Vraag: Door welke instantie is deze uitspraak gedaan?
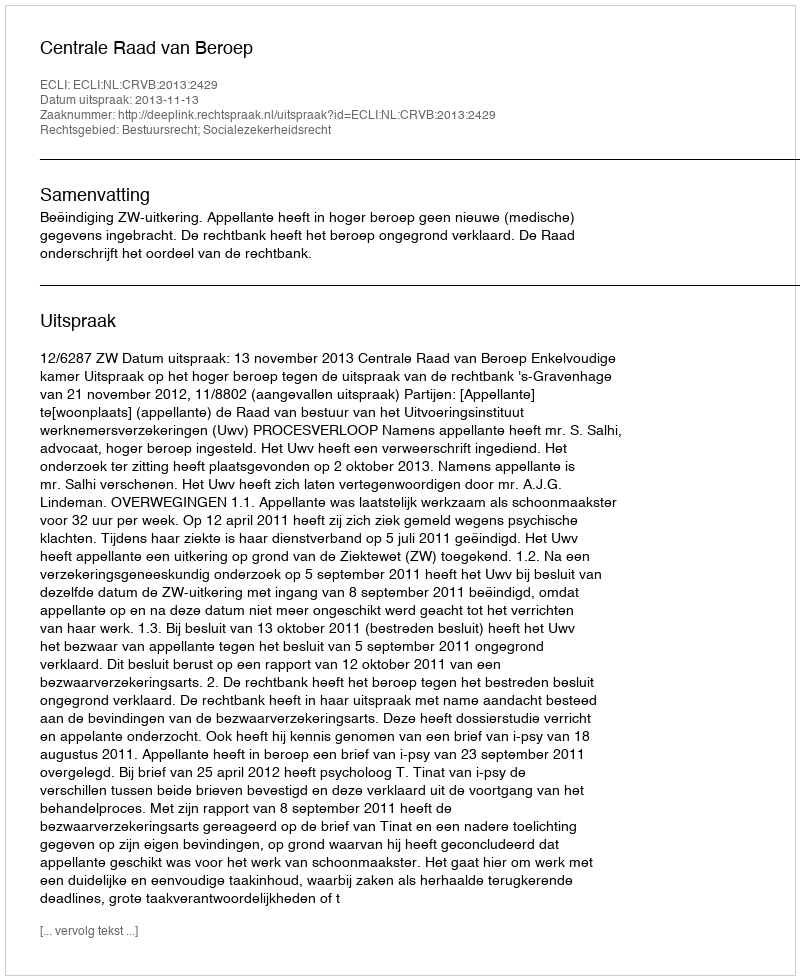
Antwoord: Centrale Raad van Beroep